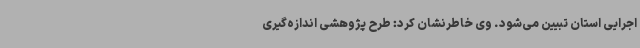
اجرایی استان تبیین می‌شود. وی خاطرنشان کرد: طرح پژوهشی اندازه‌گیری